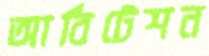
আর্বিটেশন